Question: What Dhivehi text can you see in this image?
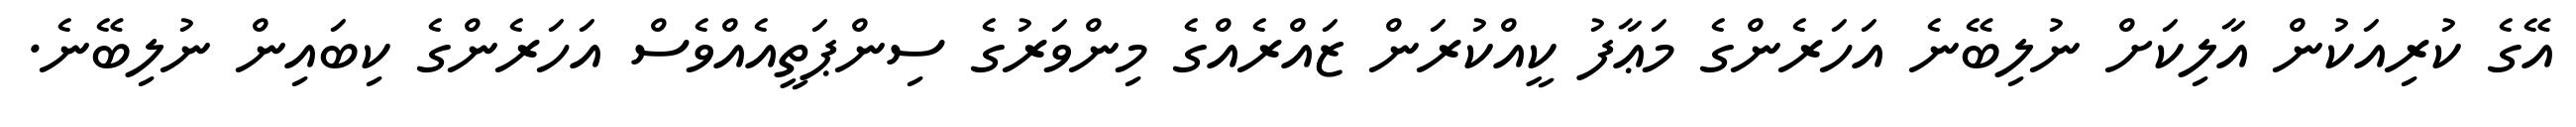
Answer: އޭގެ ކުރިއަކުން އާލިކަށް ނުލިބޭނެ އަހަރެންގެ މަޢާފު ކީއްކުރަން ޒައްރެއްގެ މިންވަރުގެ ސިންޕަތީއެއްވެސް އަހަރެންގެ ކިބައިން ނުލިބޭނެ.